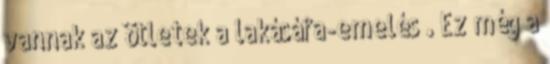
vannak az ötletek a lakásáfa-emelés . Ez még a